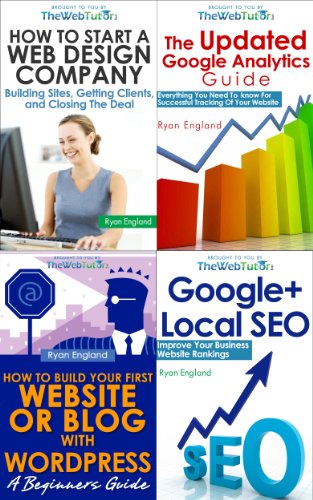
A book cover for Web Business 4-Pack | Web Design, Local SEO, Analytics, and Starting Your Company; Ryan England; Computers & Technology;